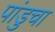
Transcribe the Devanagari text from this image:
पांडुचा